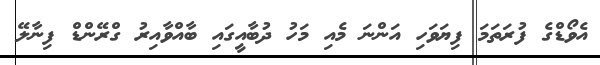
އެވޯޑްގެ ފުރަތަމަ ފިޔަވަހި އަންނަ މެއި މަހު ދުބާއީގައި ބާއްވާއިރު ގްރޭންޑް ފިނާލޭ